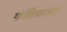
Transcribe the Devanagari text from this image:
गांधीविचारांवरील